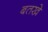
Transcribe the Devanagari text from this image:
बतखे